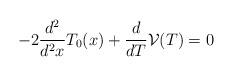
LaTeX: \begin{align*}-2\frac{d^2}{d^2x}T_0(x)+\frac{d}{dT}\mathcal{V}(T)=0\end{align*}